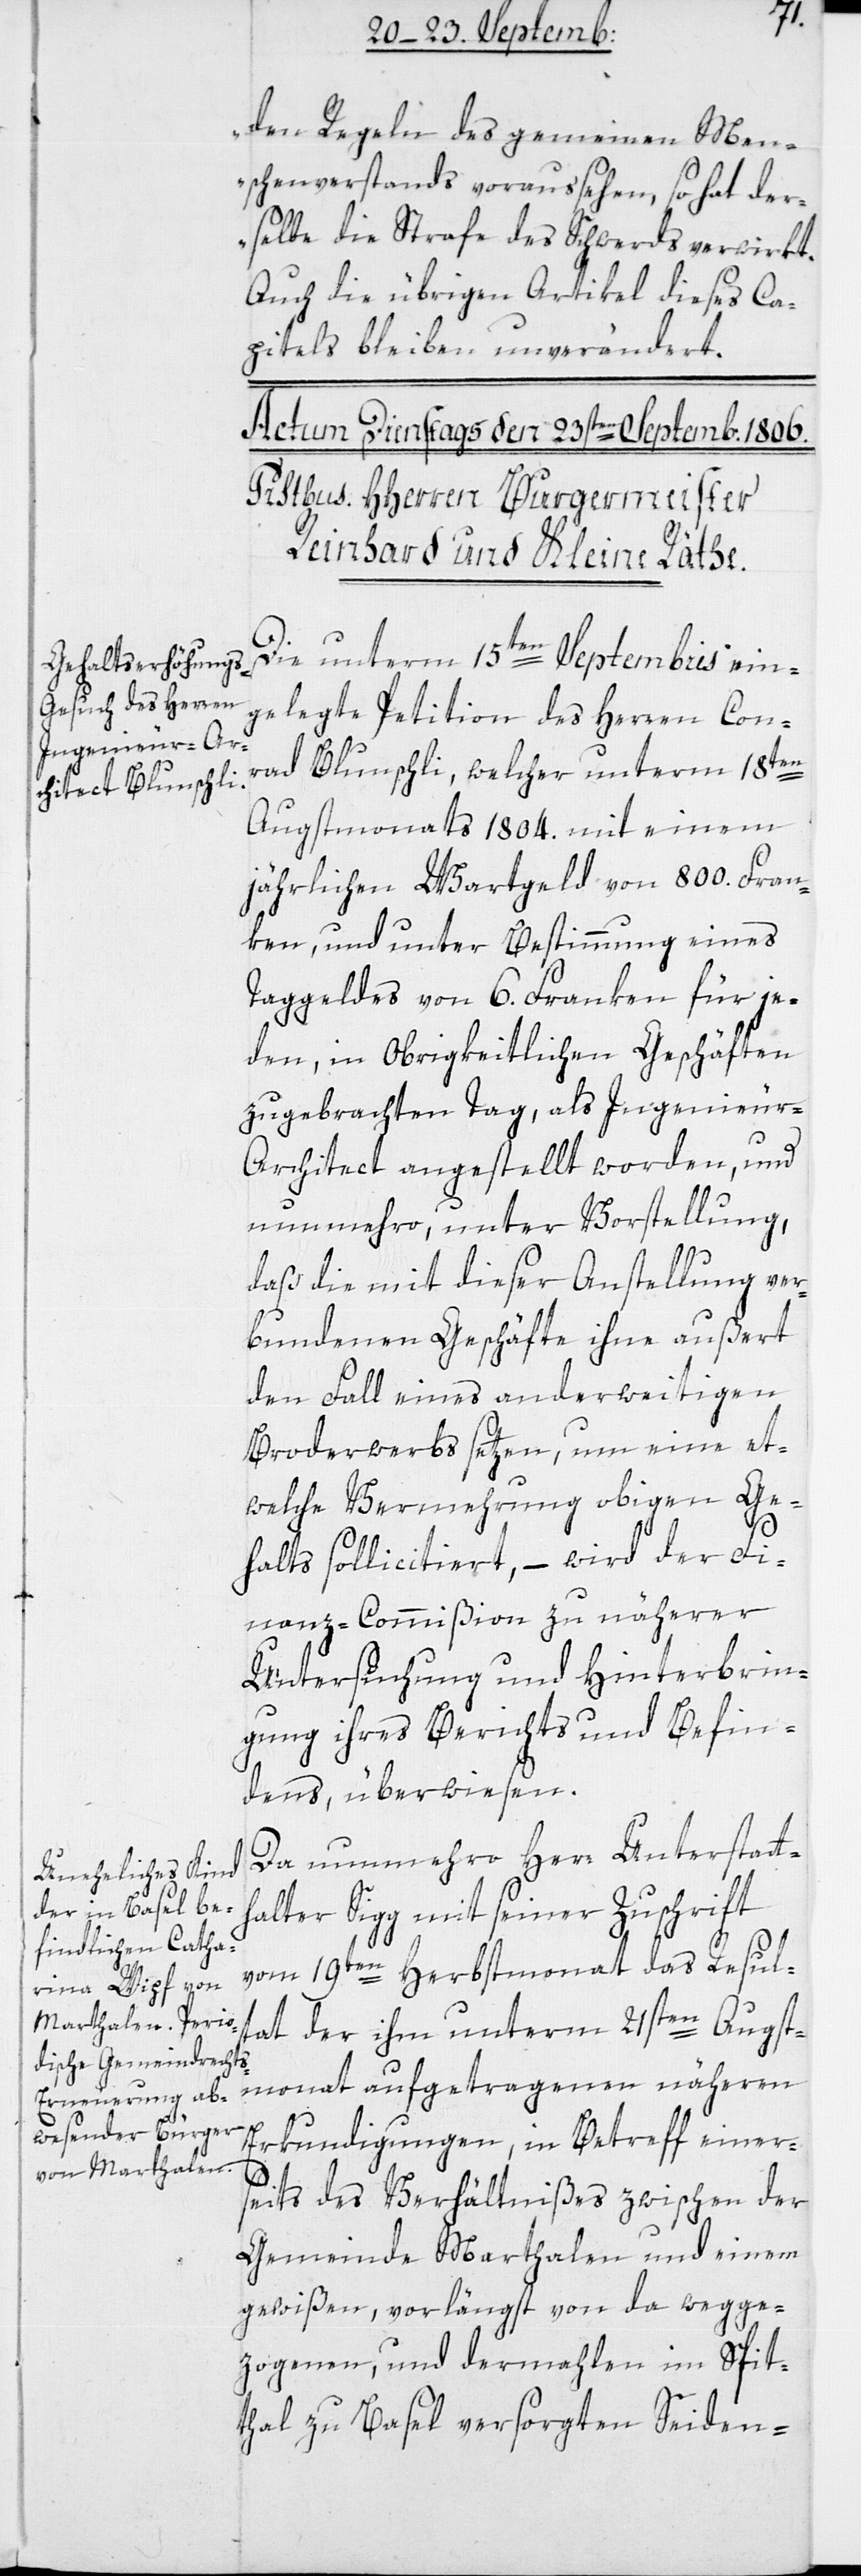
den Regeln des gemeinen Men¬
schenverstands voraussehen, so hat der¬
selbe die Strafe des Schwerds verwirkt.“
Auch die übrigen Artikel dieses Ca¬
pitels bleiben unverändert.
Die unterm 15ten Septembris ein¬
gelegte Petiton des Herren Con¬
rad Blunschli, welcher unterm 18ten
Augstmonats 1804. mit einem
jährlichen Wartgeld von 800. Fran¬
ken, und unter Bestimmung eines
Taggeldes von 6. Franken für je¬
den, in Obrigkeitlichen Geschäften
zugebrachten Tag, als Ingenieur-A¬
rchitect angestellt worden, und
nunmehro unter Vorstellung,
daß die mit dieser Anstellung ver¬
bundenen Geschäfte ihne außert
den Fall eines anderweitigen
Broderwerbs setzen, um eine et¬
welche Vermehrung obigen Ge¬
halts sollicitiert, – wird der Fi¬
nanz-Commißion zu näherer
Untersuchung und Hinterbrin¬
gung ihres Berichts und Befin¬
dens, überwiesen.
Da nunmehro Herr Unterstatth¬
alter Sigg mit seiner Zuschrift
vom 19ten Herbstmonat das Resul¬
tat der ihm unterm 21sten Augst¬
monat aufgetragenen näheren
Erkundigungen, in Betreff einer¬
seits des Verhältnißes zwischen der
Gemeinde Marthalen und einem
gewißen, vorlängst von da wegge¬
zogenen, und dermahlen im Spit¬
thal zu Basel versorgten Seiden-